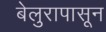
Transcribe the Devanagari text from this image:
बेलुरापासून